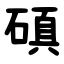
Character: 磌